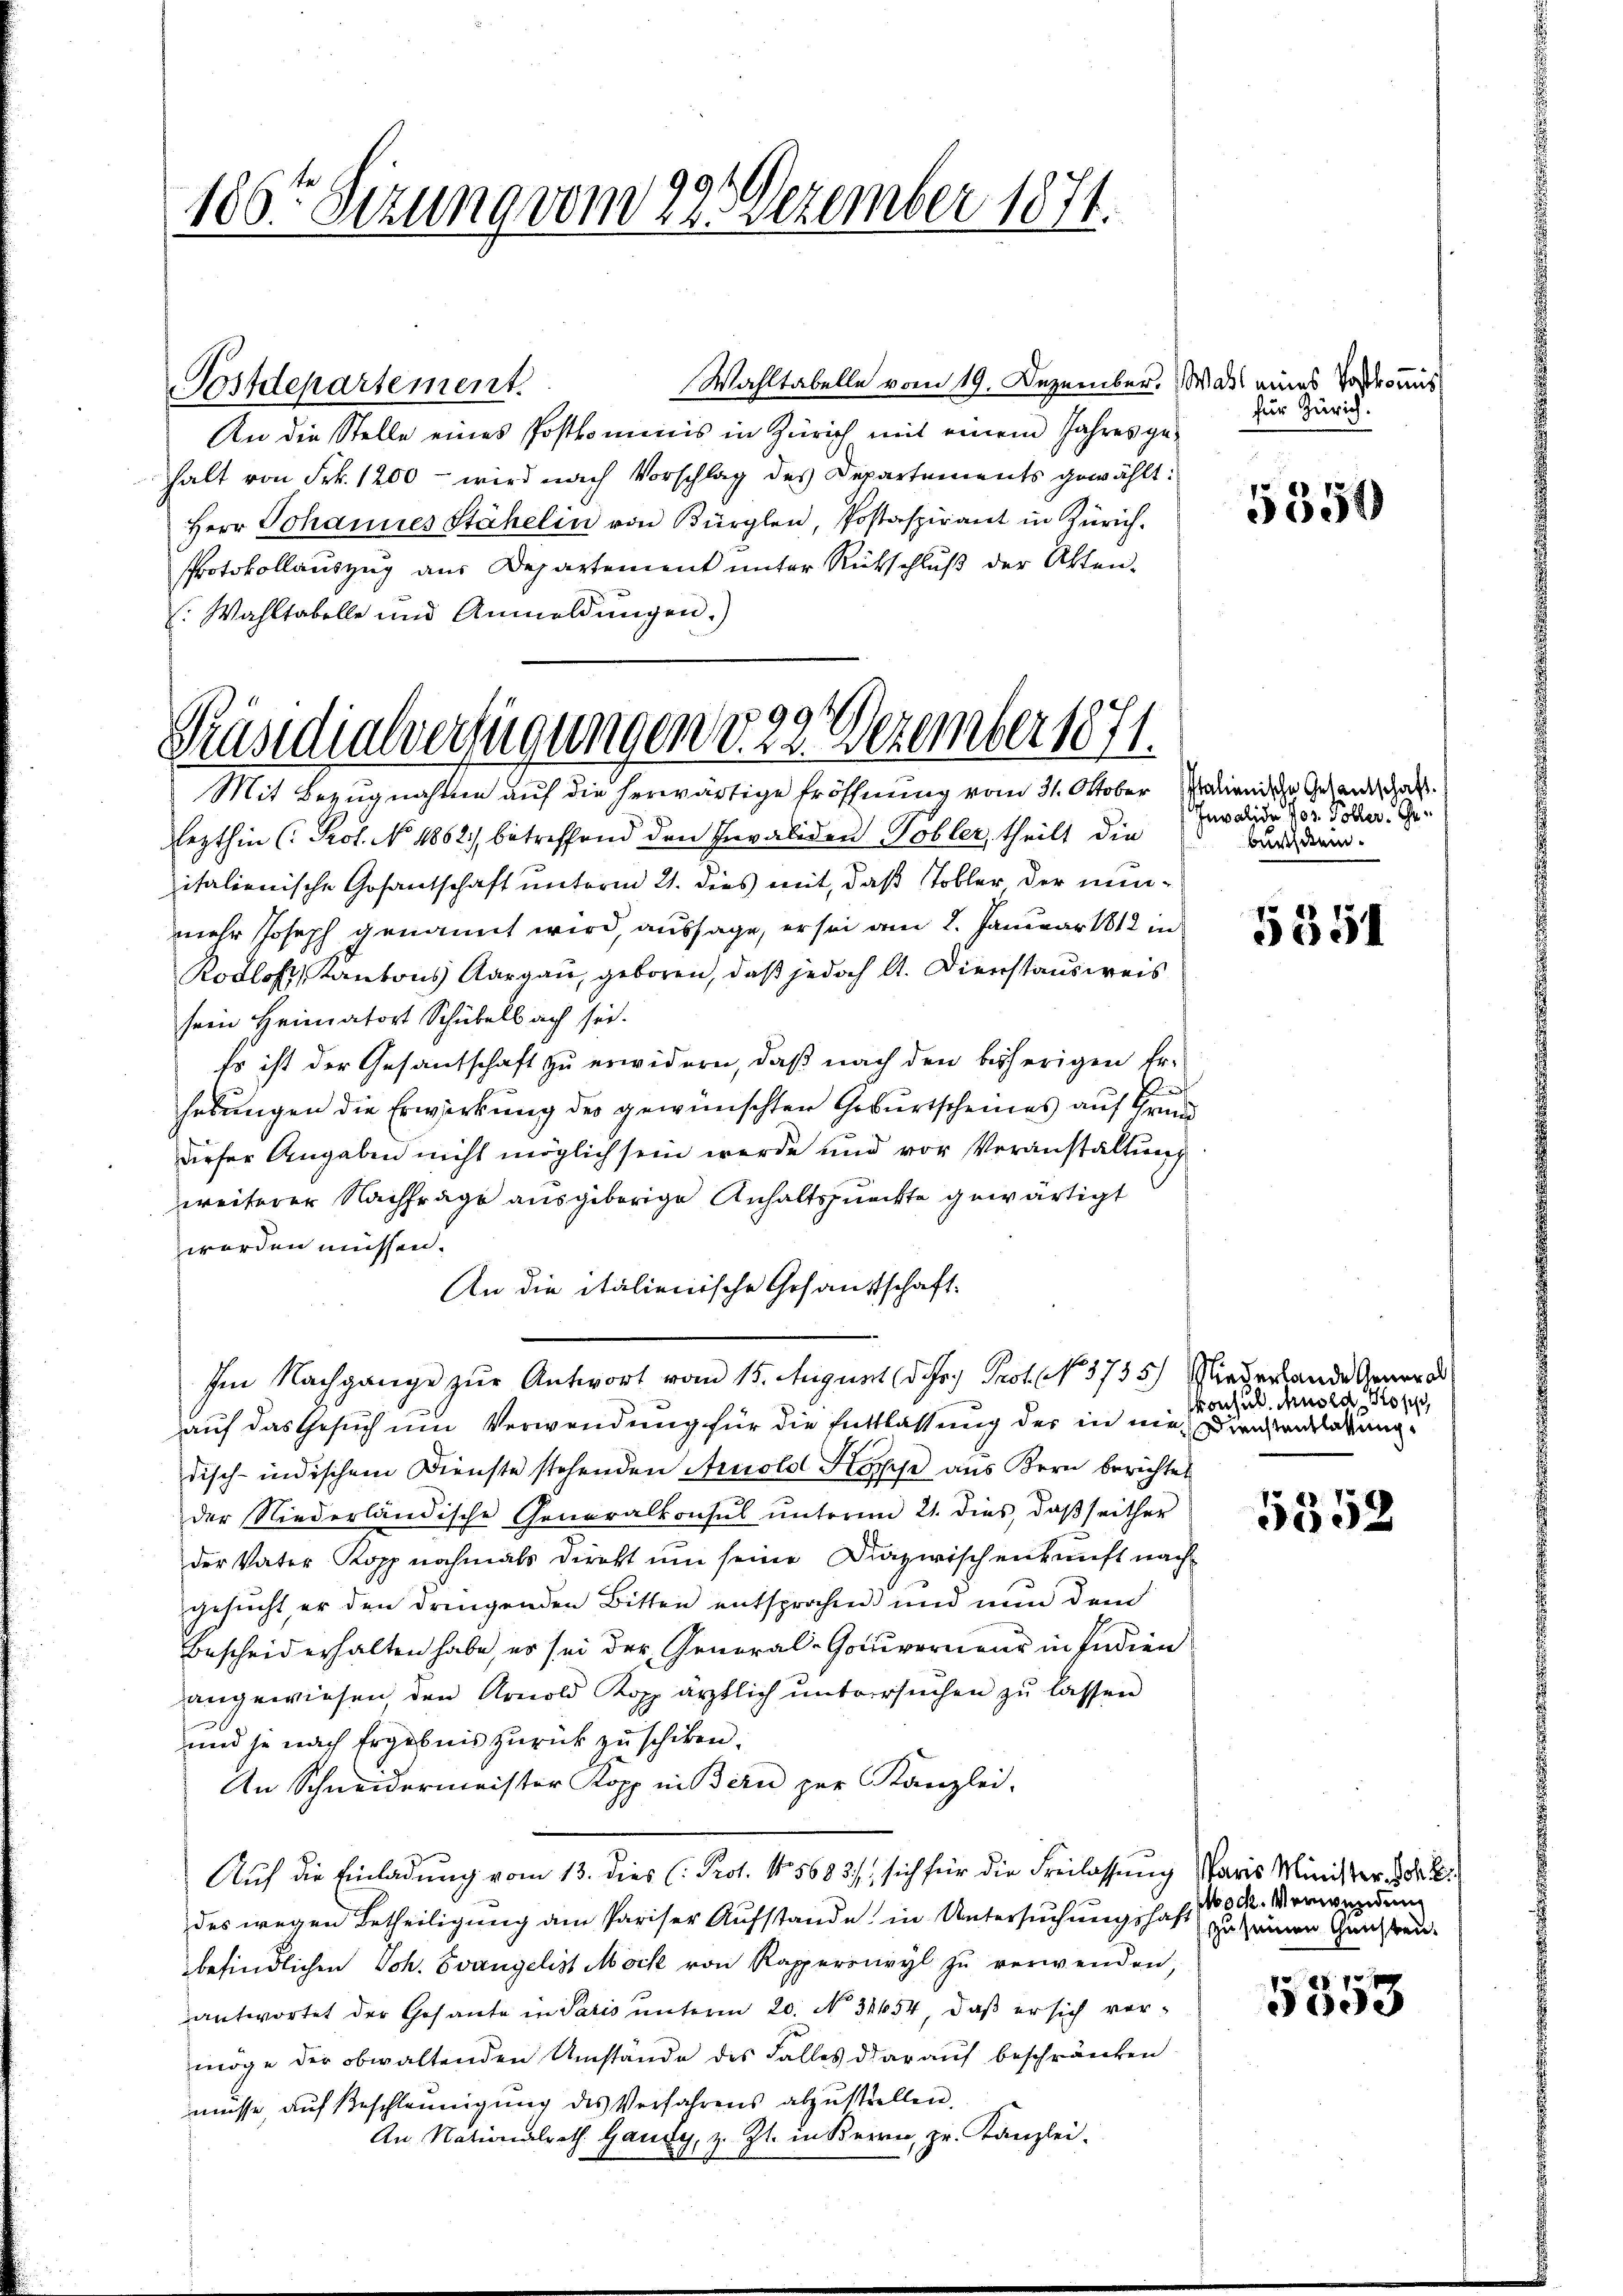
186te Sitzung vom 29. Dezember 1874.

Wahltabelle vom 19. Dezember. Was eines Vorkomis
An die Stelle eines Postkommnis in Zürich mit einem Jahres ge-
halt von Frk. 1200 - wird nach Vorschlag des Departements gewählt:
Herr Johannes Stähelin von Bürglen, Postaspirant in Zürich¬
Protokollauszug aus Departement unter Rückschluß der Akten.
: Wahltabelle und Anmeldungen.)

Postdepartement.

99
Präsidialverfügungen d. 2. Dezember 1871.
Mit Bezugnahme auf die herwärtige Eröffnung vom 31. Oktober Marien die Gesandtschaft.

für Zürich.

lezthin (Prof. No. 1862) betreffend den Invaliden Tobler, theilt die
italienische Gosantschaft unterm 21. dies mit, daß Tobler der nunmehr Joseph genannt wird, aussage, er sei am 2. Januar 1812 in
Rotlos, Kantons Aargau, geboren, daß jedoch A. Dienstausweis
sein Heimatort Schübelbach sei.
Es ist der Gesantschaft zu erwidern, daß nach den bisherigen Erhebungen die Erwirkung des gewünschten Geburtscheines auf Grund
dieser Angaben nicht möglich sein werde und vor Veranstaltung
weiterer Nachfräge ausgeborige Anhaltspunckte gewärtigt
worden müssen.
An die italienische Gesandtschaft-
Im Nachgange zur Antwort vom 15. August d. Hr. Prof. No. 5735) Niederhande Gener d
auf das Gesuch um Verwendung für die Entlassung der in nie in erladung
disch-indischem Dienste stehenden Arnold Kösche aus Bern berichtet
der Niederländische Generalkonsul unterem 21. dies, daß seither
der Vater Kopp nochmals direkt um seine Dazwischenkunft nach
gesucht, er den dringenden Bitten entsprochen und nun dem
Bescheid erhalten habe, es sei der General-Gouverneur in Indien
angewiesen, den Arnold Kopp ärztlich untersuchen zu lassen
und je nach Ergebnis zurück zu schiken.
An Schneidermeister Kopp in Bern zur Kanzlei.
Auf die Einladung vom 13. dies (Prot. No. 5683/ sich für die Freilassung Paris Minister
des wegen Betheiligung am Pariser Aufstande in Untersuchungshaft zu seinen Ganz treu-
befindlichen Sch. Evangelist Möck von Rapperswyl zŭ verwenden,
antwortet der Gesante in Paris unterm 20. No. 31654, daß er sich vormöge der obwaltenden Umstände des Falles darauf beschränken
müsse, auf Beschleunigung des Verfahrens abzustellen.
An Nationalrath Gaudy, z. Zt. in Bern, pr. Kanzlei-

5350

Invalide Vor Voller. Ge
bürstem.

5351

konsuls. Arnold Kopp,

5558

pock. Verwendung

7
1003